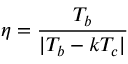
\eta = \frac { T _ { b } } { | T _ { b } - k T _ { c } | }